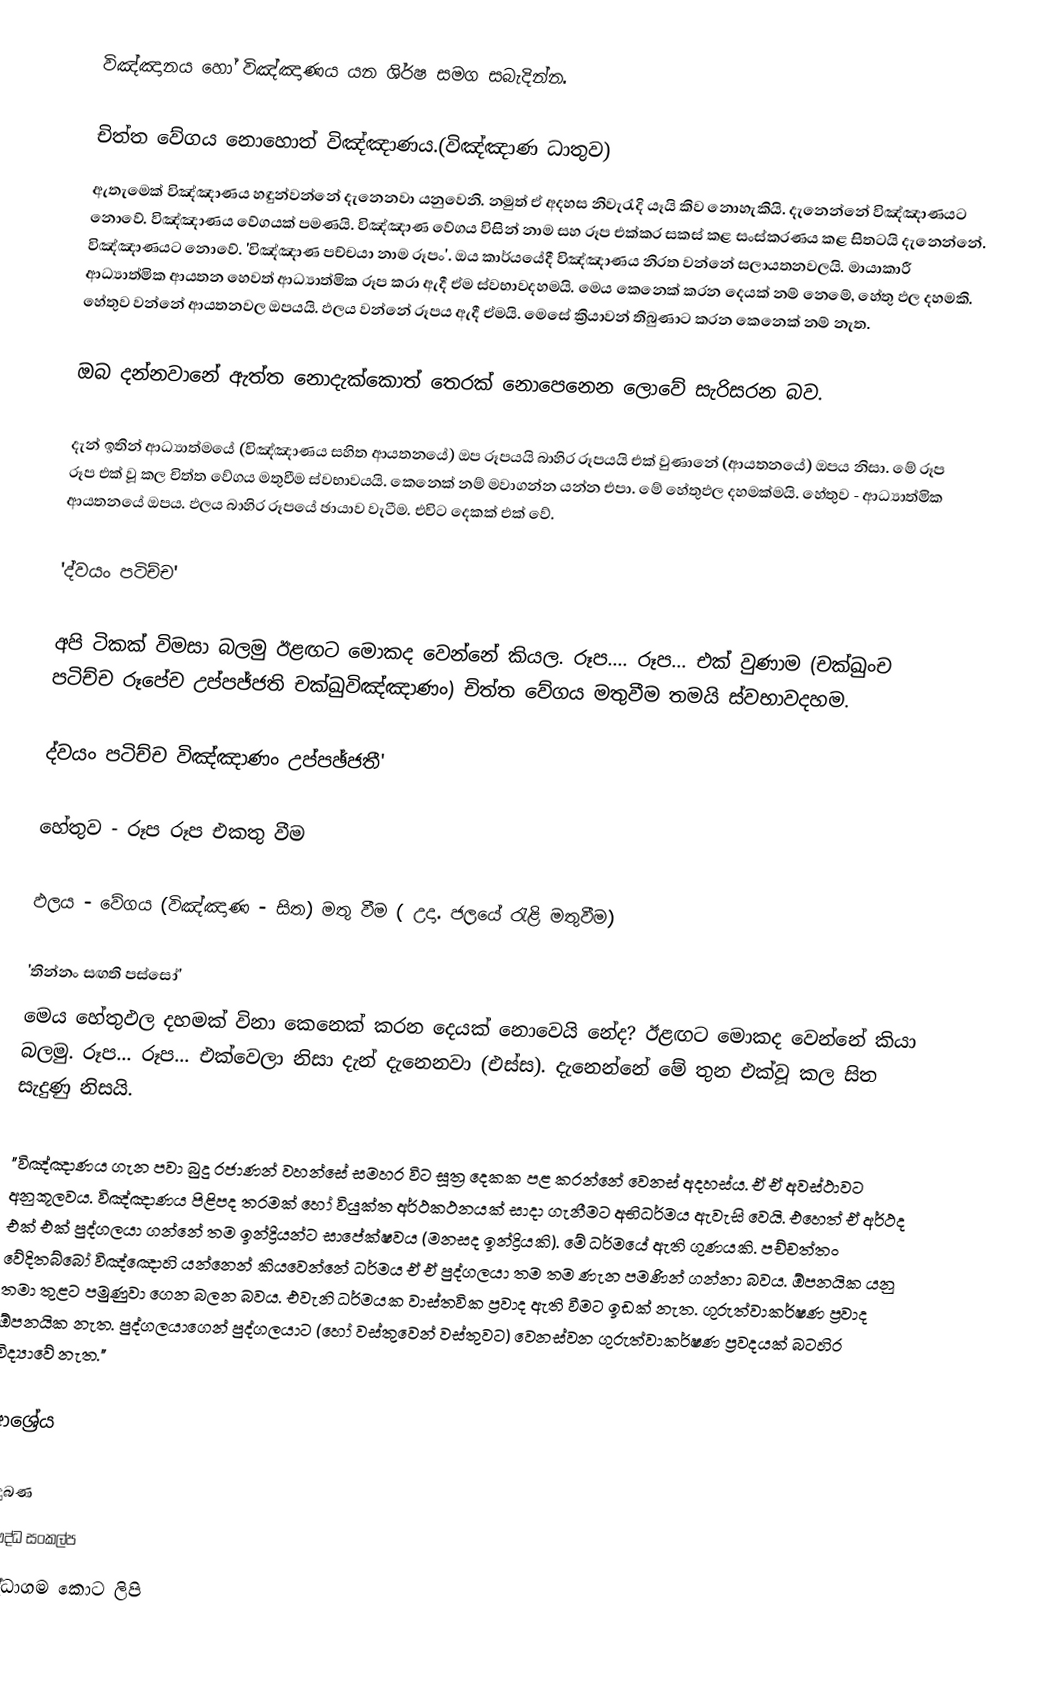
විඤ්ඤානය හෝ විඤ්ඤාණය යන ශිර්ෂ සමග සබැදින්න.

චිත්ත වේගය නොහොත් විඤ්ඤාණය.(විඤ්ඤාණ ධාතුව)
ඇතැමෙක්‌ විඤ්ඤාණය හඳුන්වන්නේ දැනෙනවා යනුවෙනි. නමුත් ඒ අදහස නිවැරැදි යෑයි කිව නොහැකියි. දැනෙන්නේ විඤ්ඤාණයට නොවේ. විඤ්ඤාණය වේගයක්‌ පමණයි. විඤ්ඤාණ වේගය විසින් නාම සහ රූප එක්‌කර සකස්‌ කළ සංස්‌කරණය කළ සිතටයි දැනෙන්නේ. විඤ්ඤාණයට නොවේ. 'විඤ්ඤාණ පච්චයා නාම රූපං'. ඔය කාර්යයේදී විඤ්ඤාණය නිරත වන්නේ සලායතනවලයි. මායාකාරී ආධ්‍යාත්මික ආයතන හෙවත් ආධ්‍යාත්මික රූප කරා ඇදී ඒම ස්‌වභාවදහමයි. මෙය කෙනෙක්‌ කරන දෙයක්‌ නම් නෙමේ, හේතු ඵල දහමකි. හේතුව වන්නේ ආයතනවල ඔපයයි. ඵලය වන්නේ රූපය ඇදී ඒමයි. මෙසේ ක්‍රියාවන් තිබුණාට කරන කෙනෙක්‌ නම් නැත.

ඔබ දන්නවානේ ඇත්ත නොදැක්‌කොත් තෙරක්‌ නොපෙනෙන ලොවේ සැරිසරන බව.

දැන් ඉතින් ආධ්‍යාත්මයේ (විඤ්ඤාණය සහිත ආයතනයේ) ඔප රූපයයි බාහිර රූපයයි එක්‌ වුණානේ (ආයතනයේ) ඔපය නිසා. මේ රූප රූප එක්‌ වූ කල චිත්ත වේගය මතුවීම ස්‌වභාවයයි. කෙනෙක්‌ නම් මවාගන්න යන්න එපා. මේ හේතුඵල දහමක්‌මයි. හේතුව - ආධ්‍යාත්මික ආයතනයේ ඔපය. ඵලය බාහිර රූපයේ ඡායාව වැටීම. එවිට දෙකක්‌ එක්‌ වේ.

'ද්වයං පටිච්ච'

අපි ටිකක්‌ විමසා බලමු ඊළඟට මොකද වෙන්නේ කියල. රූප.... රූප... එක්‌ වුණාම (චක්ඛුංච පටිච්ච රූපේච උප්පජ්ජති චක්ඛුවිඤ්ඤාණං) චිත්ත වේගය මතුවීම තමයි ස්‌වභාවදහම.

ද්වයං පටිච්ච විඤ්ඤාණං උප්පඡ්ජතී'

හේතුව - රූප රූප එකතු වීම

ඵලය - වේගය (විඤ්ඤාණ - සිත) මතු වීම ( උදා. ජලයේ රැළි මතුවීම)

'තින්නං සඟති පස්‌සෝ'
මෙය හේතුඵල දහමක්‌ විනා කෙනෙක්‌ කරන දෙයක්‌ නොවෙයි නේද? ඊළඟට මොකද වෙන්නේ කියා බලමු. රූප... රූප... එක්‌වෙලා නිසා දැන් දැනෙනවා (එස්ස). දැනෙන්නේ මේ තුන එක්‌වූ කල සිත සැදුණු නිසයි.

"විඤ්ඤාණය ගැන පවා බුදු රජාණන් වහන්සේ සමහර විට සූත්‍ර දෙකක පළ කරන්නේ වෙනස් අදහස්ය. ඒ ඒ අවස්ථාවට අනුකූලවය. විඤ්ඤාණය පිළිපද තරමක් හෝ වියුක්ත අර්ථකථනයක් සාදා ගැනීමට අභිධර්මය ඇවැසි වෙයි. එහෙත් ඒ අර්ථද එක් එක් පුද්ගලයා ගන්නේ තම ඉන්ද්‍රියන්ට සාපේක්ෂවය (මනසද ඉන්ද්‍රියකි). මේ ධර්මයේ ඇති ගුණයකි. පච්චත්තං වේදිතබ්බෝ විඤ්ඤොහි යන්නෙන් කියවෙන්නේ ධර්මය ඒ ඒ පුද්ගලයා තම තම ණැන පමණින් ගන්නා බවය. ඕපනයික යනු තමා තුළට පමුණුවා ගෙන බලන බවය. එවැනි ධර්මයක වාස්තවික ප්‍රවාද ඇති වීමට ඉඩක් නැත. ගුරුත්වාකර්ෂණ ප්‍රවාද ඕපනයික නැත. පුද්ගලයාගෙන් පුද්ගලයාට (හෝ වස්තුවෙන් වස්තුවට) වෙනස්වන ගුරුත්වාකර්ෂණ ප්‍රවදයක් බටහිර විද්‍යාවේ නැත."

ආශ්‍රේය

බුදුබණ
බෞද්ධ සංකල්ප
බුද්ධාගම කොට ලිපි